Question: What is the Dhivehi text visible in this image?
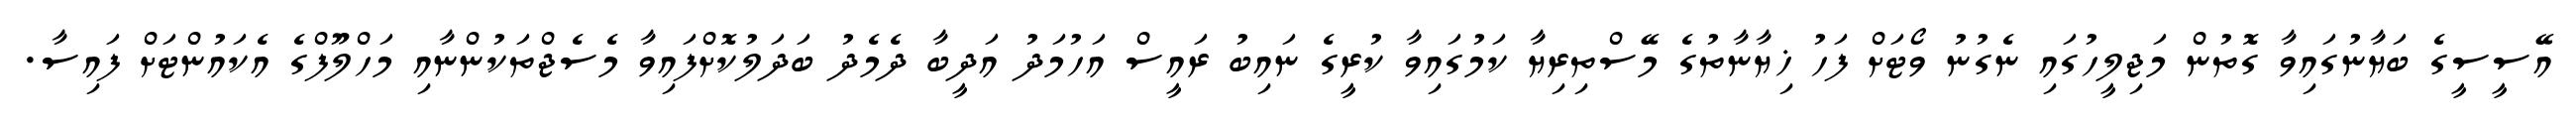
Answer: އޭސީސީގެ ބަޔާނުގައިވާ ގޮތުން މަޖިލީހުގައި ނެގުނު ވޯޓަށް ފަހު ޚިޔާނާތުގެ މޭސްތިރިޔާ ކަމުގައިވާ ކުރީގެ ނައިބު ރައީސް އަހުމަދު އަދީބާ ދެމެދު ބަދަލުކޮށްފައިވާ މެސެޖްތަކުންނާއި މަހްލޫފްގެ އެކައުންޓަށް ފައިސާ.